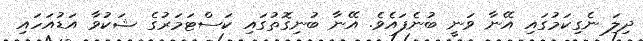
ދިލަ ނެގިކަމުގައި އޭނާ ވަނީ ބުނެފައެވެ. އޭނާ ބުނިގޮތުގައި ކަސްޓަމަރުގެ ޝަކުވާ އަޑުއަހައި